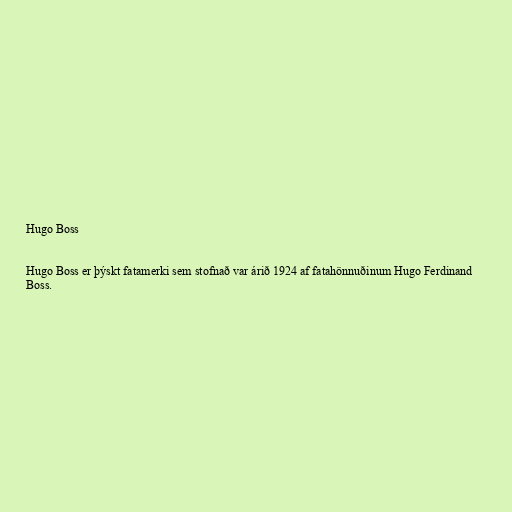
Hugo Boss

Hugo Boss er þýskt fatamerki sem stofnað var árið 1924 af fatahönnuðinum Hugo Ferdinand
Boss.